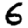
Digit: 6